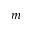
m